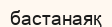
бастанаяқ